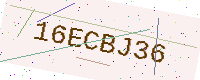
Text: 16ECBJ36